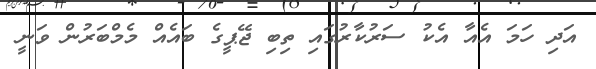
އަދި ހަމަ އެއާ އެކު ސަރުކާރުގައި ތިބި ޖޭޕީގެ ބައެއް މެމްބަރުން ވަނީ